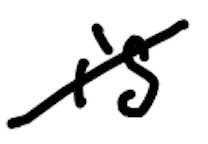
Text: is
Cross-out: diagonal
Writing tool: digital_black